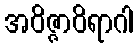
အဝိဇ္ဇာဝိရာဂါ